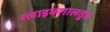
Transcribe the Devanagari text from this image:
ग्लाइक्शालतुङ